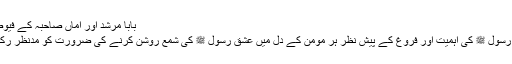
بابا مرشد اور اماں صاحبہ کے فیوض و اکرام
یہاں سنت رسول ﷺ کی اہمیت اور فروغ کے پیش نظر ہر مومن کے دل میں عشق رسول ﷺ کی شمع روشن کرنے کی ضرورت کو مدِنظر رکھا گیا ہے۔